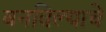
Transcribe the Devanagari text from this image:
बनविल्याचे